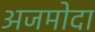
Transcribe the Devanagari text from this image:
अजमोदा